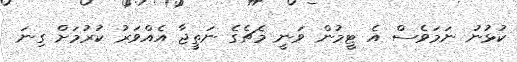
ކުޅުނު ނަމަވެސް އެ ޓީމުން ވަނީ މެޗެގެ ނަތީޖާ އެއްވަރު ކުރުމަށް ގިނަ